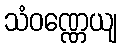
သံဝဏ္ဏေယျ